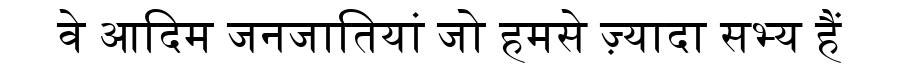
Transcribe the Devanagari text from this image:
वे आदिम जनजातियां जो हमसे ज़्यादा सभ्य हैं